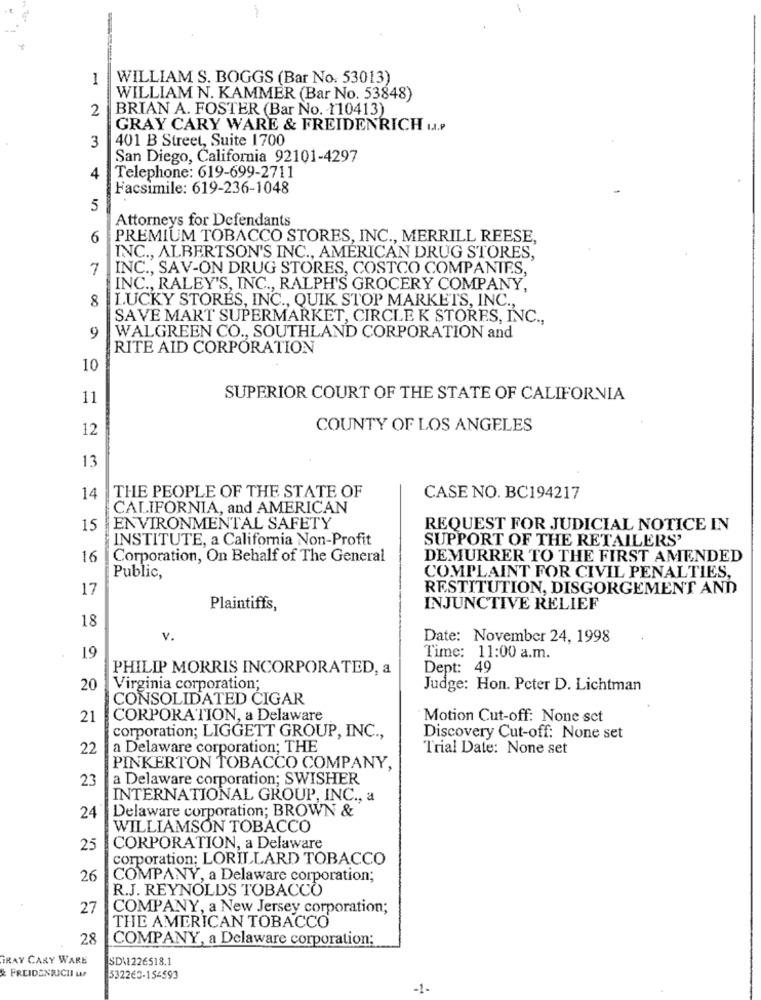
, Te
1
WILLIAM S. BOGGS (Bar No. 53013)
WILLIAM N. KAMMER (Bar No. 53848)
2
BRIAN A. FOSTER (Bar No. 110413)
GRAY CARY WARE & FREIDENRICH u ...
3
401 B Street, Suite 1700
San Diego, California 92101-4297
4
Telephone: 619-699-2711
Facsimile: 619-236-1048
5
Attorneys for Defendants
6
PREMIUM TOBACCO STORES, INC ., MERRILL REESE,
INC ., ALBERTSON'S INC ., AMERICAN DRUG STORES,
7
INC ., SAV-ON DRUG STORES, COSTCO COMPANIES,
INC ., RALEY'S, INC ., RALPH'S GROCERY COMPANY,
8
LUCKY STORES, INC ., QUIK STOP MARKETS, INC .,
SAVE MART SUPERMARKET, CIRCLE K STORES, INC .,
9
WALGREEN CO ., SOUTHLAND CORPORATION and
RITE AID CORPORATION
10
11
SUPERIOR COURT OF THE STATE OF CALIFORNIA
12
COUNTY OF LOS ANGELES
13
14
THE PEOPLE OF THE STATE OF
CASE NO. BC194217
CALIFORNIA, and AMERICAN
15
ENVIRONMENTAL SAFETY
REQUEST FOR JUDICIAL NOTICE IN
INSTITUTE, a California Non-Profit
SUPPORT OF THE RETAILERS'
16
Corporation, On Behalf of The General
DEMURRER TO THE FIRST AMENDED
COMPLAINT FOR CIVIL PENALTIES,
Public,
17
RESTITUTION, DISGORGEMENT AND
Plaintiffs,
INJUNCTIVE RELIEF
18
v.
Date: November 24, 1998
19
Time: 11:00 a.m.
PHILIP MORRIS INCORPORATED, a
Dept: 49
20
Virginia corporation;
Judge: Hon. Peter D. Lichtman
CONSOLIDATED CIGAR
21
CORPORATION, a Delaware
Motion Cut-off: None set
corporation; LIGGETT GROUP, INC .,
Discovery Cut-off: None set
22
a Delaware corporation; THE
Trial Date: None set
PINKERTON TOBACCO COMPANY,
23
a Delaware corporation; SWISHER
INTERNATIONAL GROUP, INC ., a
Delaware corporation; BROWN &
24
WILLIAMSON TOBACCO
25
CORPORATION, a Delaware
corporation; LORILLARD TOBACCO
26
COMPANY, a Delaware corporation;
R.J. REYNOLDS TOBACCO
27
COMPANY, a New Jersey corporation;
THE AMERICAN TOBACCO
28
COMPANY, a Delaware corporation:
GRAY CARY WARE
SDA1226518.1
FREIDENRICII ur
532263-154593
-1-